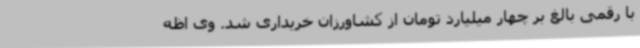
با رقمی بالغ بر چهار میلیارد تومان از کشاورزان خریداری شد. وی اظه